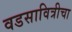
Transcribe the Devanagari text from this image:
वडसावित्रीचा